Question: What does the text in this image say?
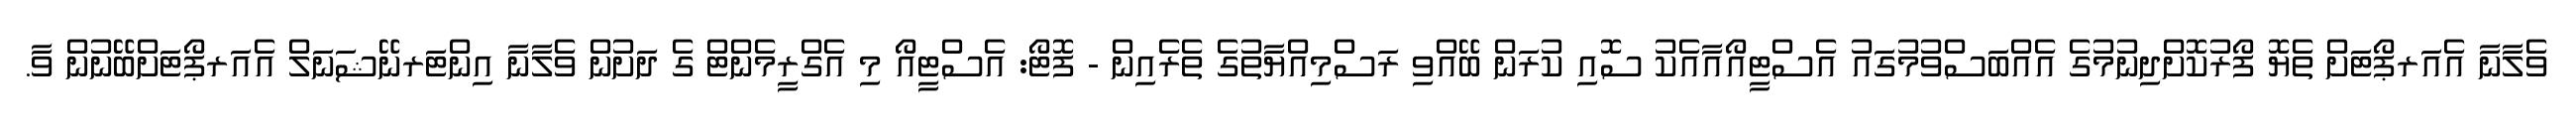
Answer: ވެލާނާ އެއަރޕޯޓަށް ތެޔޮ ފޯރުކޮށްދިނުމުގެ އެއްބަސްވުމުގައު އެސްޓީއޯއާއެކު ސޮއި ކުރަން ބޭއްވި ރަސްމިއްޔާތުގެ ތެރެއިން - ފޮޓޯ: އެސްޓީއޯ މި އެގްރީމެންޓް ގެ ދަށުން ވެލާނާ އިންޓަރނޭޝަނަލް އެއަރޕޯޓަށްބޭނުން ވާ.